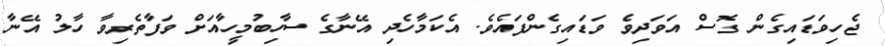
ޖެހިވަޑައިގެން ގޮސް އަވަދިވެ ވަޑައިގެންފައެވެ. އެކަމާހެދި އޭނާގެ ސާހިބުމީހާއަށް ވަފާތެރިވާ ހާލު އޭނާ